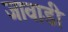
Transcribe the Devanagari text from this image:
जावाडी